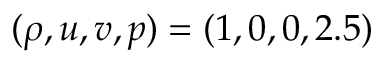
( \rho , u , v , p ) = ( 1 , 0 , 0 , 2 . 5 )